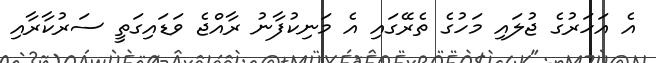
އެ އަހަރުގެ ޖުލައި މަހުގެ ތެރޭގައި އެ މަނިކުފާނު ރާއްޖެ ވަޑައިގަތީ ސަރުކާރާއި